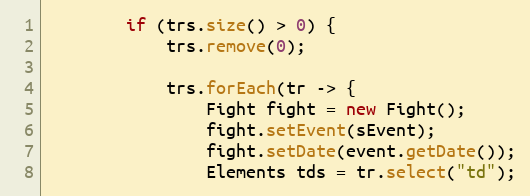
Language: Java
        if (trs.size() > 0) {
            trs.remove(0);

            trs.forEach(tr -> {
                Fight fight = new Fight();
                fight.setEvent(sEvent);
                fight.setDate(event.getDate());
                Elements tds = tr.select("td");